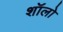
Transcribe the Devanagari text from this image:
शॉलो